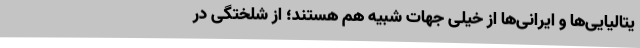
یتالیایی‌ها و ایرانی‌ها از خیلی جهات شبیه هم هستند؛ از شلختگی در